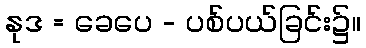
နုဒ = ခေပေ - ပစ်ပယ်ခြင်း၌။